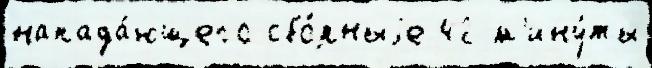
напада́ющего сбо́рныjе 42 м'ину́ты